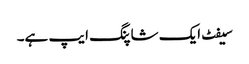
سیفٹ ایک شاپنگ ایپ ہے۔